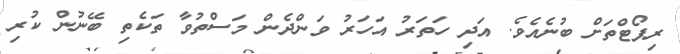
ރިޕޯޓްތަށް ބުނެއެވެ. އަދި ހަތަރު އަހަރު ވަންދެން މަސްތުވާ ތަކެތި ބޭނުން ކުރި